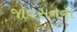
જૉનસનના